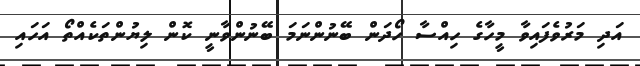
އަދި މަރުވެފައިވާ މީހާގެ ހިއްސާ ހޯދަން ބޭނުންނަމަ ބޭނުންވާނީ ކޮން ލިޔުންތަކެއްތޯ އަހައި